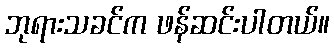
ဘုရားသခင်က ဖန်ဆင်းပါတယ်။